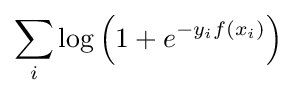
\sum _{i}\log \left(1+e^{-y_{i}f(x_{i})}\right)